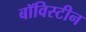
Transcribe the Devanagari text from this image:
बॉविस्टीन